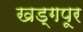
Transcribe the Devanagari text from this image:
खड्गपूर